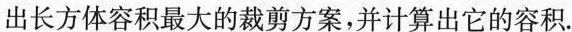
出长方体容积最大的裁剪方案，并计算出它的容积.